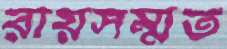
রায়সম্মত